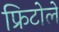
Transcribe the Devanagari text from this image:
फ्रिटोले